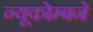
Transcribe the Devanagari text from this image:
न्यूकोम्बने